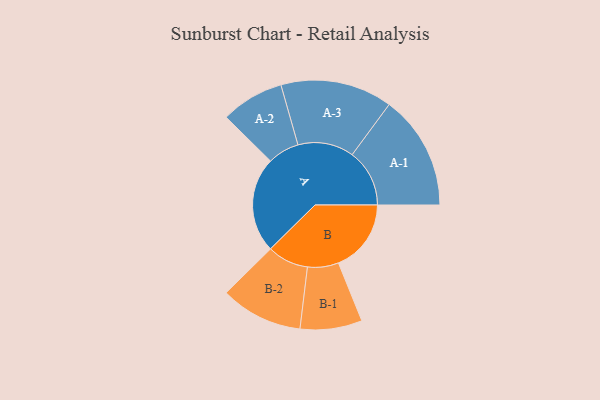
{"axis": {"x": "Segment", "y": "Value"}, "legend": ["", "A", "B"], "data": [{"x": "A", "y": 478, "type": ""}, {"x": "B", "y": 364, "type": ""}, {"x": "A-1", "y": 287, "type": "A"}, {"x": "A-2", "y": 158, "type": "A"}, {"x": "A-3", "y": 280, "type": "A"}, {"x": "B-1", "y": 155, "type": "B"}, {"x": "B-2", "y": 206, "type": "B"}]}